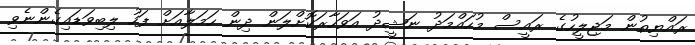
ރައްޔިތުން މަޖިލީހުގެ ރައީސް މުހައްމަދު ނަޝީދު އަވަހާރަކޮށްލަން ދިން ހަމަލާއަށް ފަހު ލިބިވަޑައިގެންނެވި